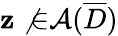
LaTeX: \mathbf{z}\not{\in}\mathcal{{A}}(\overline{{{D}}})